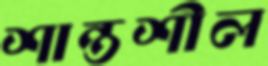
শান্তশীল